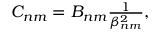
\begin{array} { r } { C _ { n m } = B _ { n m } \frac { 1 } { \beta _ { n m } ^ { 2 } } , } \end{array}